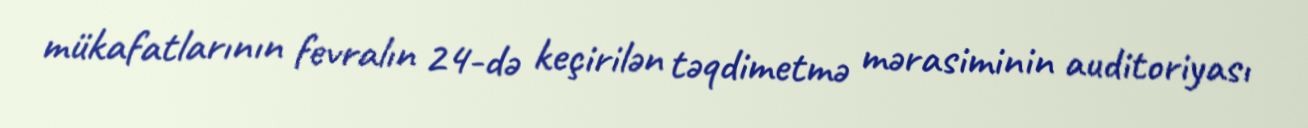
mükafatlarının fevralın 24-də keçirilən təqdimetmə mərasiminin auditoriyası